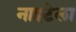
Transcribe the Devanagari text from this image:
नाइटेला